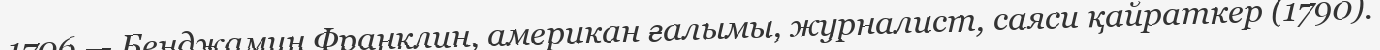
1706 — Бенджамин Франклин, американ ғалымы, журналист, саяси қайраткер (1790).